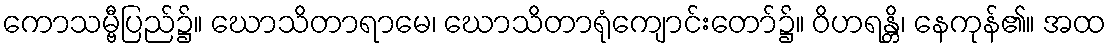
ကောသမ္ဗီပြည်၌။ ဃောသိတာရာမေ၊ ဃောသိတာရုံကျောင်းတော်၌။ ဝိဟရန္တိ၊ နေကုန်၏။ အထ